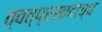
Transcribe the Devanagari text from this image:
त्वत्प्रसादाच्च